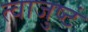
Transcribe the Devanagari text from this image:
त्वाजुष्टं